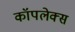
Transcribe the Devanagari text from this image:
कॉपलेक्स